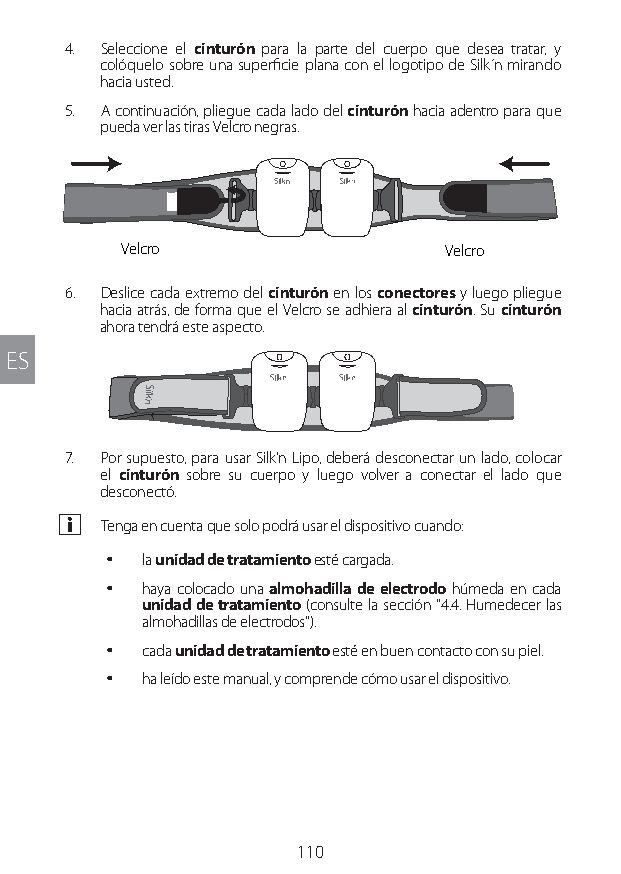
4. Seleccione el cinturón para la parte del cuerpo que desea tratar, y
 colóquelo sobre una superficie plana con el logotipo de Silk´n mirando
 hacia usted.
 5. A continuación, pliegue cada lado del cinturón hacia adentro para que
 pueda ver las tiras Velcro negras.
 Velcro               Velcro
 6. Deslice cada extremo del cinturón en los conectores y luego pliegue
 hacia atrás, de forma que el Velcro se adhiera al cinturón. Su cinturón
 ahora tendrá este aspecto.
 ES
 7. Por supuesto, para usar Silk'n Lipo, deberá desconectar un lado, colocar
 el cinturón sobre su cuerpo y luego volver a conectar el lado que
 desconectó.
 a Tenga en cuenta que solo podrá usar el dispositivo cuando:
 y la unidad de tratamiento esté cargada.
 y haya colocado una almohadilla de electrodo húmeda en cada
 unidad de tratamiento (consulte la sección "4.4. Humedecer las
 almohadillas de electrodos").
 y cada unidad de tratamiento esté en buen contacto con su piel.
 y ha leído este manual, y comprende cómo usar el dispositivo.
 110
 Lipo UM EU124 3545B inside ALL EU124 ED296-24 release.indd 110 14/08/2018 10:57:39